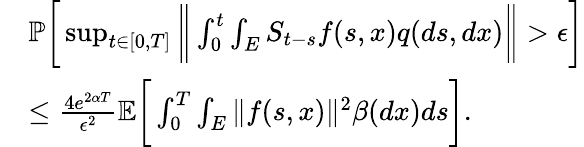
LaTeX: \begin{array}{rl}&{\mathbb{P}\bigg[\operatorname*{sup}_{t\in[0,T]}\bigg\| \int_{0}^{t}\int_{E}S_{t-s}f(s,x)q(ds,dx)\bigg\| >\epsilon\bigg]}\\ &{\leq\frac{4e^{2\alpha T}}{\epsilon^{2}}\mathbb{E}\bigg[\int_{0}^{T}\int_{E}\| f(s,x)\| ^{2}\beta(dx)ds\bigg].}\end{array}